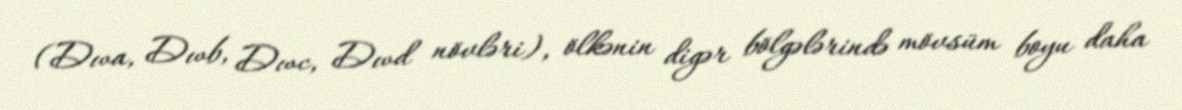
(Dwa, Dwb, Dwc, Dwd növləri), ölkənin digər bölgələrində mövsüm boyu daha